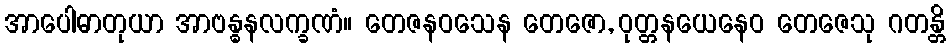
အာပေါဓာတုယာ အာဗန္ဓနလက္ခဏံ။ တေဇနဝသေန တေဇော, ဝုတ္တနယေနေဝ တေဇေသု ဂတန္တိ